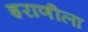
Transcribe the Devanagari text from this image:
इराणीला